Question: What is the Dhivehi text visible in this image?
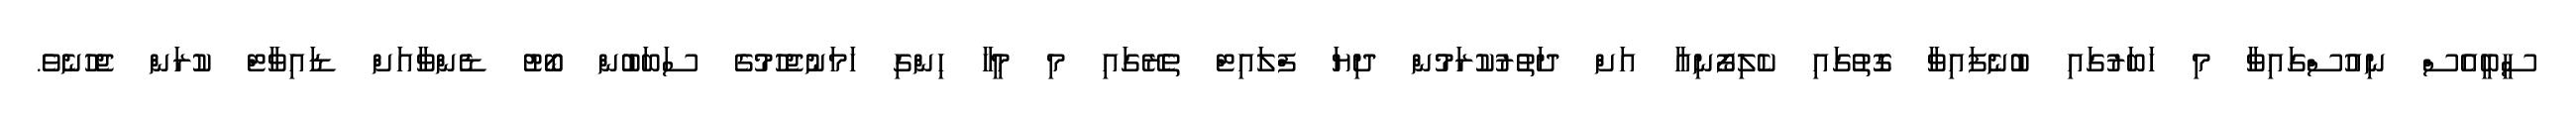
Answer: ސީބީއެސް ނިއުސްގައިވާ މި ހަބަރުގައި ބުނެފައިވާ ގޮތުގައި ކެލިފޯނިއާ އަށް ދަތުރުކުރަމުން ދިޔަ ފްލައިޓް ތެރޭގައި މި މީހާ ހިންގި ހަމަނުޖެހުމުގެ ސަބަބުން ބޯޓު ޑެންވާއަށް ޑައިވާޓް ކުރަން ޖެހުނެވެ.